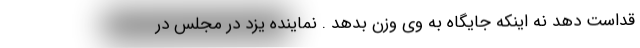
قداست دهد نه اینکه جایگاه به وی وزن بدهد . نماینده یزد در مجلس در